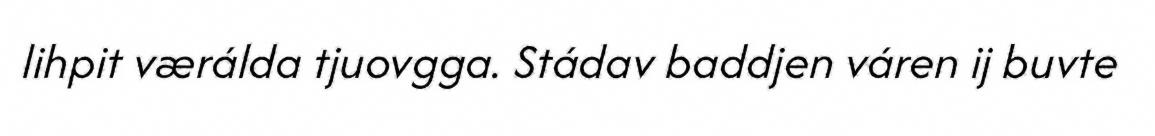
lihpit værálda tjuovgga. Stádav baddjen váren ij buvte